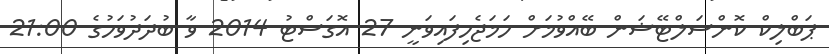
ޕަބްލިކް ކޮންސަލްޓޭޝަން ބޭއްވުމަށް ހަމަޖެހިފައިވަނީ 27 އޮގަސްޓު 2014 ވާ ބުދަދުވަހުގެ 21:00